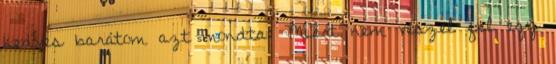
kedves barátom azt mondta: Miért nem veszel fel egy